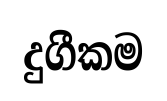
දුගීකම